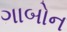
ગાબોન